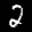
Label: 2